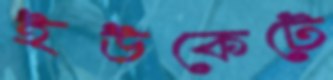
ইউকেটে